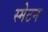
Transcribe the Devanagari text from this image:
स्मेटन